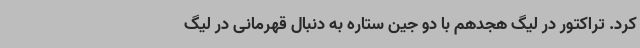
کرد. تراکتور در لیگ هجدهم با دو جین ستاره به دنبال قهرمانی در لیگ